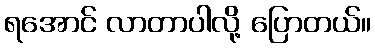
ရအောင် လာတာပါလို့ ပြောတယ်။